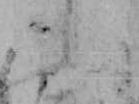
ふ